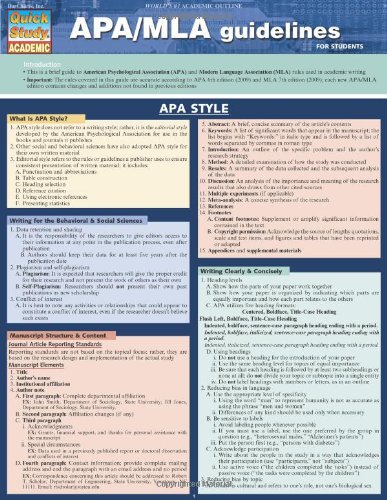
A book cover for Apa/Mla Guidelines (Quick Study: Academic); Inc. BarCharts; Reference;